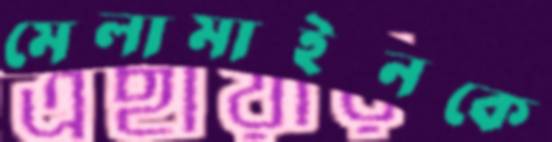
মেলামাইনকে